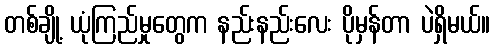
တစ်ချို့ ယုံကြည်မှုတွေက နည်းနည်းလေး ပိုမှန်တာ ပဲရှိမယ်။